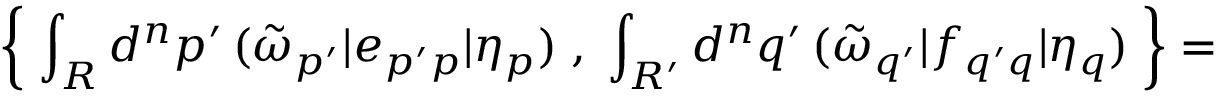
\left\{ \; \int _ { \cal R } d ^ { n } p ^ { \prime } \, ( \tilde { \omega } _ { p ^ { \prime } } | e _ { p ^ { \prime } p } | \eta _ { p } ) \; , \; \int _ { \cal R ^ { \prime } } d ^ { n } q ^ { \prime } \, ( \tilde { \omega } _ { q ^ { \prime } } | f _ { q ^ { \prime } q } | \eta _ { q } ) \; \right\} =